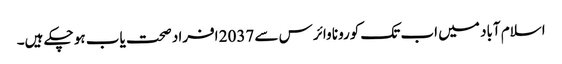
اسلام آباد میں اب تک کورونا وائرس سے 2037 افراد صحت یاب ہو چکے ہیں۔